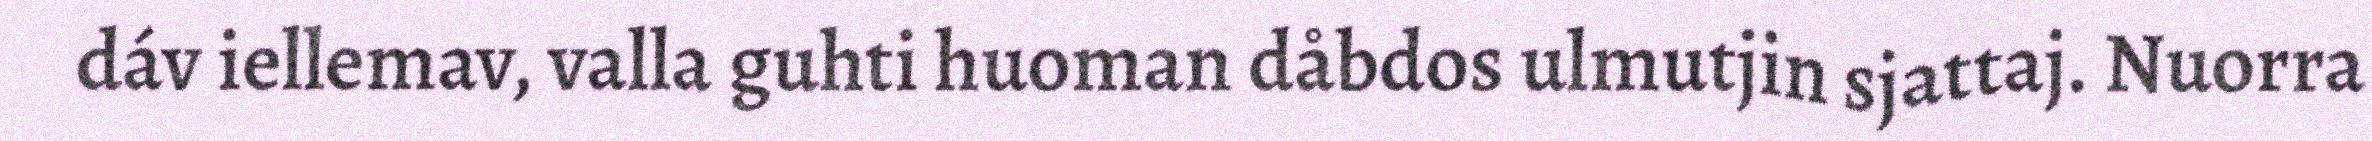
dáv iellemav, valla guhti huoman dåbdos ulmutjin sjattaj. Nuorra